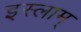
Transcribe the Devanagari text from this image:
इस्लाम्